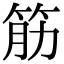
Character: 筋